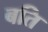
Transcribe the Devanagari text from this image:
बति